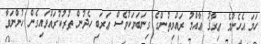
ހަމަ އެހެންމެ ޢިރާޤު ޢާއްމު ރައްޔިތުންގެ ގިނަބަޔަކުވެސް ޢަރަބި ހެދުން ތުރުކުރައްވައިގެން ހުންނަވާ